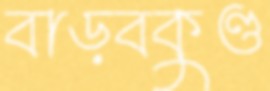
বাড়বকুণ্ড